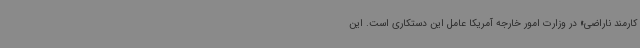
کارمند ناراضی» در وزارت امور خارجه آمریکا عامل این دستکاری است. این